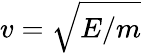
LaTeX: v=\sqrt{E/m}